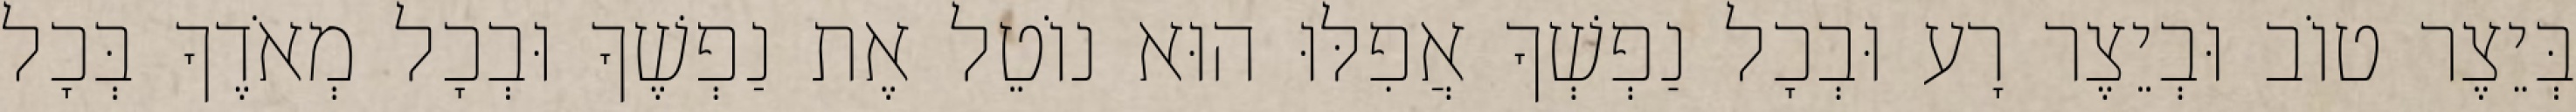
בְּיֵצֶר טוֹב וּבְיֵצֶר רָע וּבְכָל נַפְשְׁךָ אֲפִלּוּ הוּא נוֹטֵל אֶת נַפְשֶׁךָ וּבְכָל מְאֹדֶךָ בְּכָל